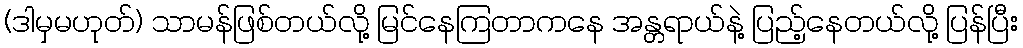
(ဒါမှမဟုတ်) သာမန်ဖြစ်တယ်လို့ မြင်နေကြတာကနေ အန္တရာယ်နဲ့ ပြည့်နေတယ်လို့ ပြန်ပြီး